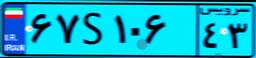
۶۷S۱۰۶۴۳